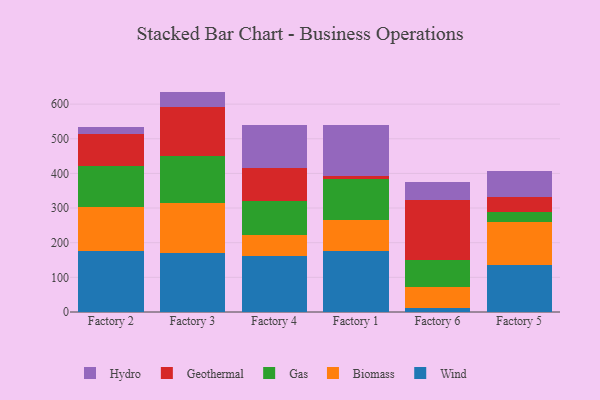
{"axis": {"x": "Factory", "y": "Churn Rate (%)"}, "legend": ["Biomass", "Gas", "Geothermal", "Hydro", "Wind"], "data": [{"x": "Factory 2", "y": 177.3, "type": "Wind"}, {"x": "Factory 2", "y": 126.2, "type": "Biomass"}, {"x": "Factory 2", "y": 117.0, "type": "Gas"}, {"x": "Factory 2", "y": 92.7, "type": "Geothermal"}, {"x": "Factory 2", "y": 21.9, "type": "Hydro"}, {"x": "Factory 3", "y": 169.0, "type": "Wind"}, {"x": "Factory 3", "y": 144.6, "type": "Biomass"}, {"x": "Factory 3", "y": 138.0, "type": "Gas"}, {"x": "Factory 3", "y": 141.2, "type": "Geothermal"}, {"x": "Factory 3", "y": 43.3, "type": "Hydro"}, {"x": "Factory 4", "y": 162.7, "type": "Wind"}, {"x": "Factory 4", "y": 59.1, "type": "Biomass"}, {"x": "Factory 4", "y": 99.0, "type": "Gas"}, {"x": "Factory 4", "y": 95.7, "type": "Geothermal"}, {"x": "Factory 4", "y": 122.4, "type": "Hydro"}, {"x": "Factory 1", "y": 175.8, "type": "Wind"}, {"x": "Factory 1", "y": 88.4, "type": "Biomass"}, {"x": "Factory 1", "y": 120.5, "type": "Gas"}, {"x": "Factory 1", "y": 6.7, "type": "Geothermal"}, {"x": "Factory 1", "y": 148.9, "type": "Hydro"}, {"x": "Factory 6", "y": 11.2, "type": "Wind"}, {"x": "Factory 6", "y": 60.6, "type": "Biomass"}, {"x": "Factory 6", "y": 79.6, "type": "Gas"}, {"x": "Factory 6", "y": 171.3, "type": "Geothermal"}, {"x": "Factory 6", "y": 53.2, "type": "Hydro"}, {"x": "Factory 5", "y": 135.7, "type": "Wind"}, {"x": "Factory 5", "y": 124.1, "type": "Biomass"}, {"x": "Factory 5", "y": 28.5, "type": "Gas"}, {"x": "Factory 5", "y": 43.1, "type": "Geothermal"}, {"x": "Factory 5", "y": 74.8, "type": "Hydro"}]}